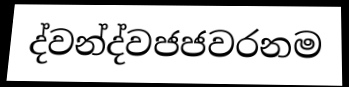
ද්වන්ද්වජජවරනම